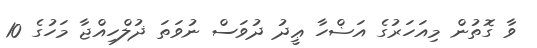
ވާ ގޮތުން މިއަހަރުގެ އަޟްހާ ޢީދު ދުވަސް ނުވަތަ ޛުލްހިއްޖާ މަހުގެ 10